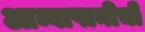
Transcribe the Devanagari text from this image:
आम्बापानीची